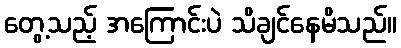
တွေ့သည့် အကြောင်းပဲ သိချင်နေမိသည်။